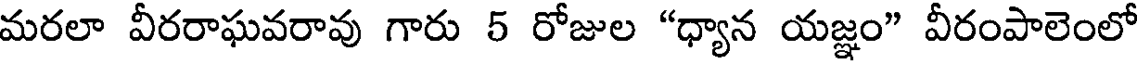
మరలా వీరరాఘవరావు గారు 5 రోజుల "ధ్యాన యజ్ఞం" వీరంపాలెంలో